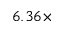
6 . 3 6 \times